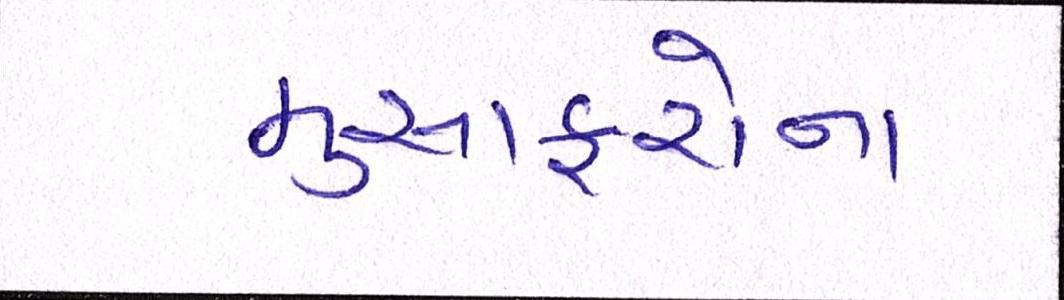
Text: મુસાફરોના